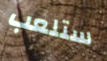
ستلعب